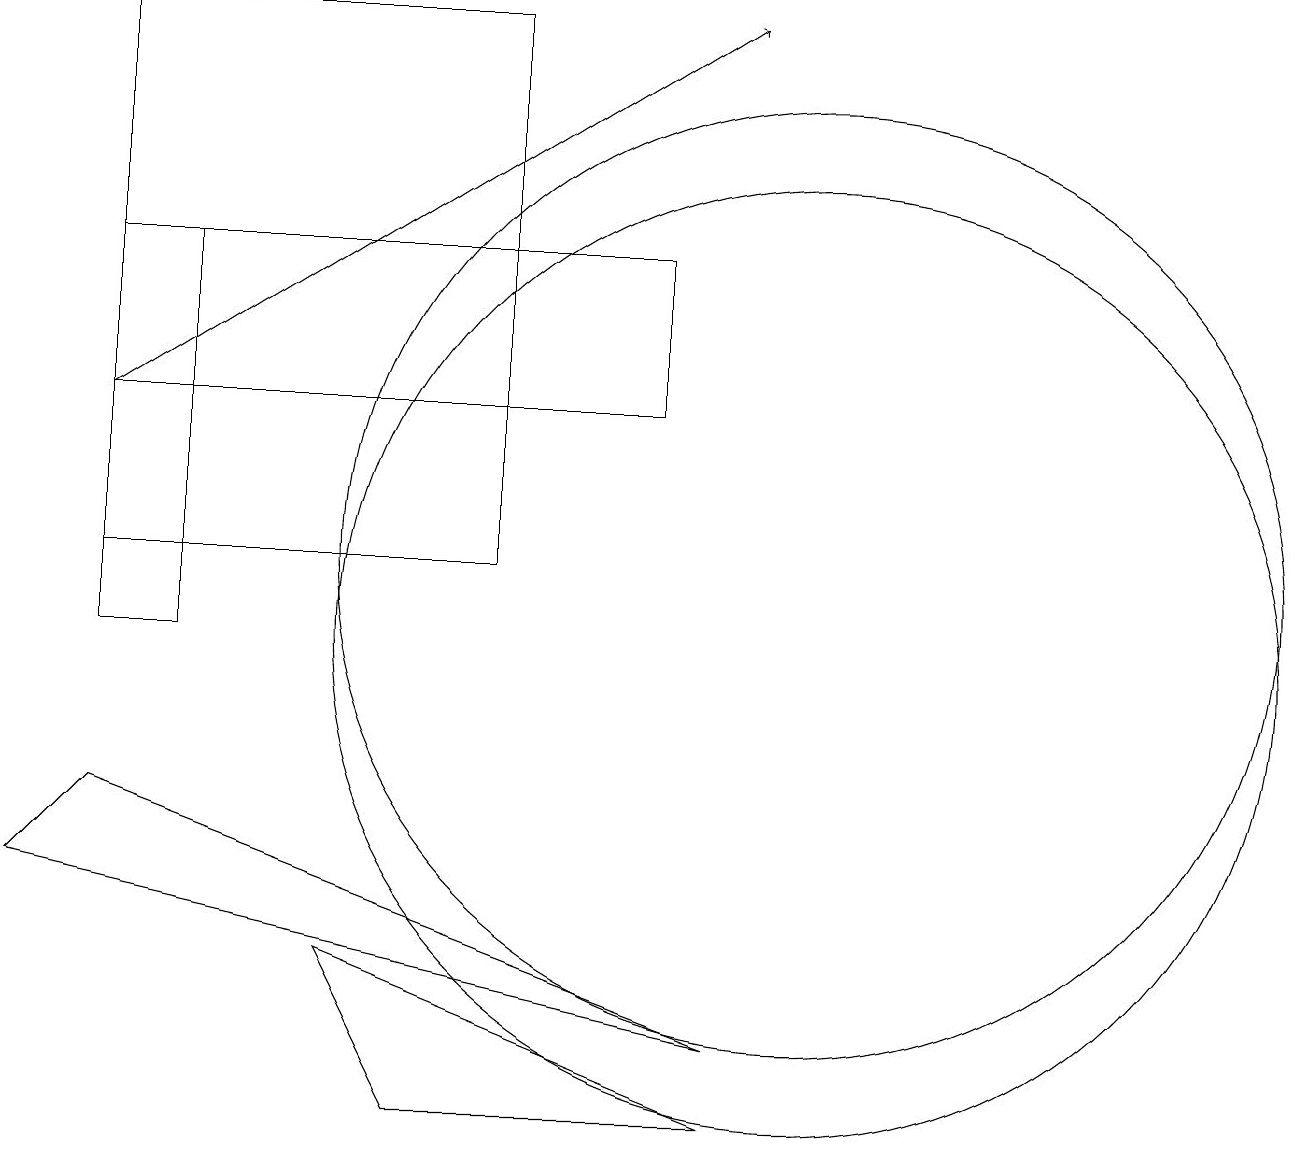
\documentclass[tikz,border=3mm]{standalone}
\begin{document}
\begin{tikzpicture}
\draw (5,4) -- (4,6) -- (9,4) -- cycle;
\draw (2,10) rectangle (1,15);
\draw (9,5) -- (0,7) -- (1,8) -- cycle;
\draw (10,11) circle (6);
\draw (10,10) circle (6);
\draw (6,18) rectangle (1,11);
\draw (1,15) rectangle (8,13);
\draw[->] (1,13) -- (9,18);
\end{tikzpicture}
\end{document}